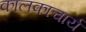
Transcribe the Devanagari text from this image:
कालकाचार्य